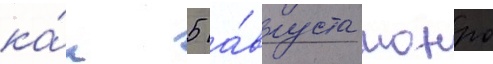
ка́к 5 а́вгуста монро